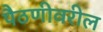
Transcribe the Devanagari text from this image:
पैठणीवरील